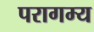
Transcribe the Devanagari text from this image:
परागम्य